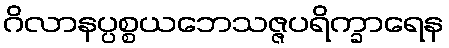
ဂိလာနပ္ပစ္စယဘေသဇ္ဇပရိက္ခာရေန